Annual administration and progress report of the Indian Medical Department, Bombay
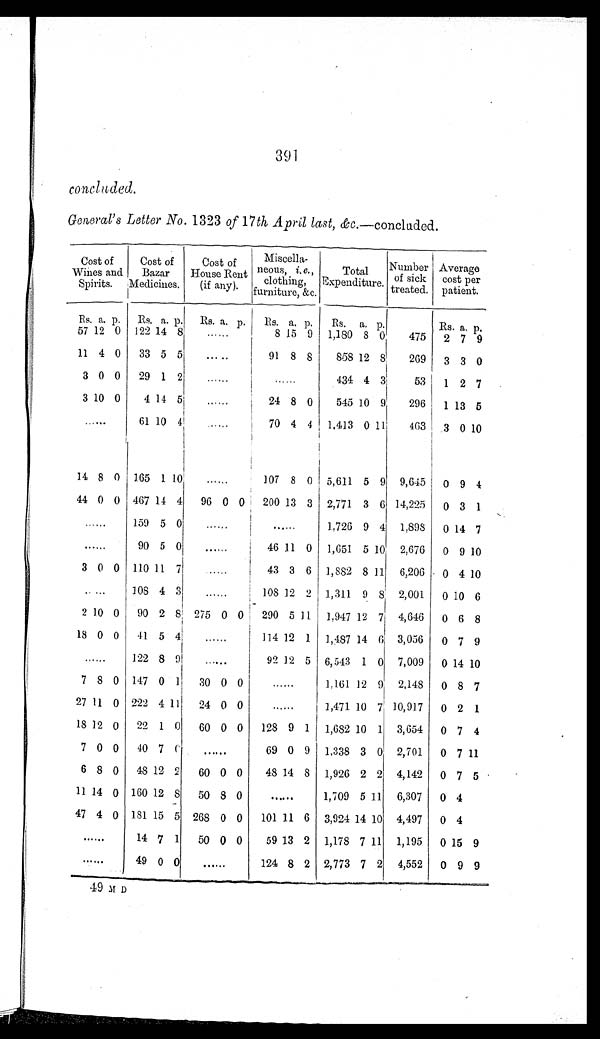
391
concluded.
General's Letter No. 1323 of 17 th April last, &c.—concluded.
Cost of
Wines and
Spirits.
Cost of
Bazar
Medicines.
Cost of
House Rent
(if any).
Miscella-
neous. i .
e . ,
clo
t h i n g , f u r n i t u r e , & c .
Total
E x p e n d i t u r e .
N u m b e r o f s i c k t r e a t e d .
Average
cost per
patient.
Rs. a. p. Rs. a. p. Rs. a. p.
Rs. a. p.
Rs. a. p.
Rs. a. p.
57 12 0 122 14 8
. . .
8 15 9 1,180 8 0
475
2 7 9
11 4 0
33 5 5
. . .
91 8 8
858 12 8
269
3 3 0
3 0 0
29 1 2
. . .
. . . 434 4 3
53
1 2 7
3 10 0
4 14 5
. . .
24 8 0
545 10 9
296
1 13 5
. . .
61 10 4
. . .
70 4 4 1,413 0 11
463 3 0 10
14 8 0 165 1 10
. . .
107 8 0 5,611 5 9 9,645 0 9 4
44 0 0 467 14 4
96 0
0 200 13 3 2,771 3 6 14,225
0 3 1
. . .
159 5 0 . . .
. . .
1,726 9 4 1,898
0 14 7
. . .
90 5 0
. . .
46 11 0 1,651 5 10 2,676
0 9 10
3 0 0 110 11 7
. . .
43 3 6 1,882 8 11 6,206 0 4 10
. . .
108 4 3
. . .
108 12 2 1,311 9 8 2,001
0 10 6
2 10 0
90 2 8 275 0 0 290 5 11 1,947 12 7 4,646
0 6 8
18 0 0
41 5 4
. . .
114 12 1 1,487 14 6 3,056
0 7 9
. . .
122 8 9
. . .
92 12 5 6,543 1 0 7,009 0 14 10
7 8 0 147 0 1
30 0 0
. . . 1,161 12 9 2,148 0 8 7
27 11 0 222 4 11
24 0 0
. . . 1,471 10 7 10,917
0 2 1
18 12 0 22 1 0
60 0 0
128 9 1 1,682 10 1 3,654 0 7 4
7 0 0
40 7 0
. . .
69 0 9 1,338 3 0 2,701
0 7 11
6 8 0 48 12 2
60 0 0
48 14 8 1,926 2 2 4,142 0 7 5
11 14 0 160 12 8
50 8 0
. . . 1,709 5 11 6,307
0 4
47 4 0 181 15 5 268 0 0
101 11 6 3,924 14 10 4,497 0 4
. . .
14 7 1
50 0 0
59 13 2 1,178 7 11 1,195
0 15 9
. . .
49 0 0
. . .
124 8 2 2,773 7 2 4,552 0 9 9
49 MD